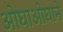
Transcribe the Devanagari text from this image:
ओघाओघाने